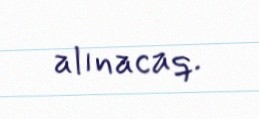
alınacaq.